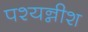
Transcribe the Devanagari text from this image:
पश्यन्नीश